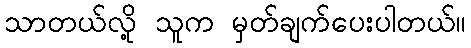
သာတယ်လို့ သူက မှတ်ချက်ပေးပါတယ်။